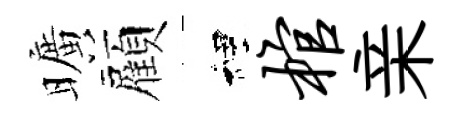
曠顏裡棺亲